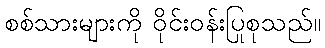
စစ်သားများကို ဝိုင်းဝန်းပြုစုသည်။